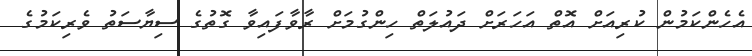
އެހެންކަމުން ކުރިއަށް އޮތް އަހަރަށް ދައުލަތް ހިންގުމަށް ރާވާފައިވާ ގޮތުގެ ސިޔާސަތު ވެރިކަމުގެ